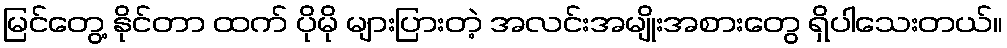
မြင်တွေ့ နိုင်တာ ထက် ပိုမို များပြားတဲ့ အလင်းအမျိုးအစားတွေ ရှိပါသေးတယ်။